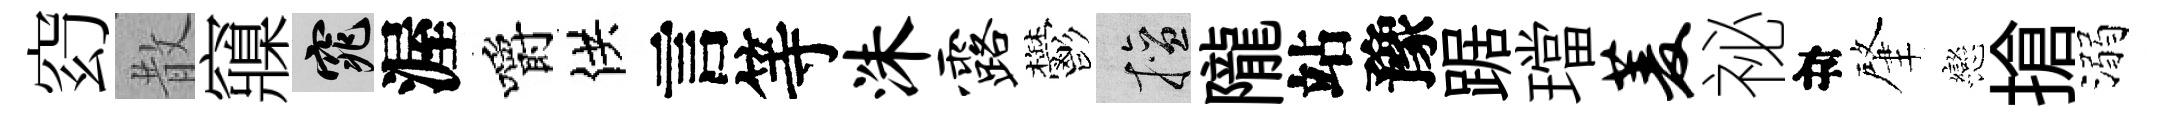
𥥆散䆿窕渥嚼供言等洙露鬱擅隴站豫踞璫菱祕目肇戀搶溺